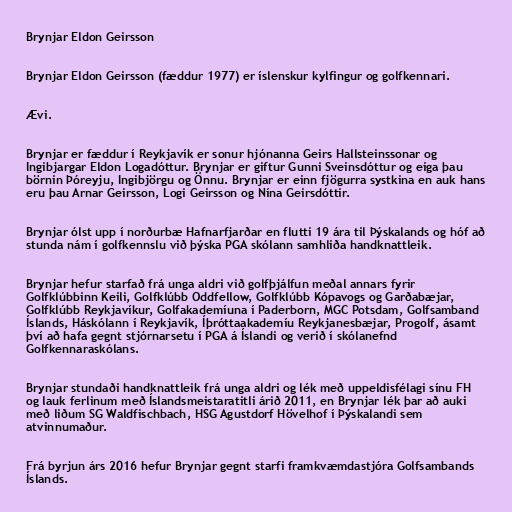
Brynjar Eldon Geirsson

Brynjar Eldon Geirsson (fæddur 1977) er íslenskur kylfingur og golfkennari.

Ævi.

Brynjar er fæddur í Reykjavík er sonur hjónanna Geirs Hallsteinssonar og
Ingibjargar Eldon Logadóttur. Brynjar er giftur Gunni Sveinsdóttur og eiga þau
börnin Þóreyju, Ingibjörgu og Önnu. Brynjar er einn fjögurra systkina en auk hans
eru þau Arnar Geirsson, Logi Geirsson og Nína Geirsdóttir.

Brynjar ólst upp í norðurbæ Hafnarfjarðar en flutti 19 ára til Þýskalands og hóf að
stunda nám í golfkennslu við þýska PGA skólann samhliða handknattleik.

Brynjar hefur starfað frá unga aldri við golfþjálfun meðal annars fyrir
Golfklúbbinn Keili, Golfklúbb Oddfellow, Golfklúbb Kópavogs og Garðabæjar,
Golfklúbb Reykjavíkur, Golfakademíuna í Paderborn, MGC Potsdam, Golfsamband
Íslands, Háskólann í Reykjavík, Íþróttaakademíu Reykjanesbæjar, Progolf, ásamt
því að hafa gegnt stjórnarsetu í PGA á Íslandi og verið í skólanefnd
Golfkennaraskólans.

Brynjar stundaði handknattleik frá unga aldri og lék með uppeldisfélagi sínu FH
og lauk ferlinum með Íslandsmeistaratitli árið 2011, en Brynjar lék þar að auki
með liðum SG Waldfischbach, HSG Agustdorf Hövelhof í Þýskalandi sem
atvinnumaður.

Frá byrjun árs 2016 hefur Brynjar gegnt starfi framkvæmdastjóra Golfsambands
Íslands.